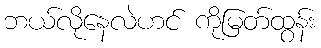
ဘယ်လိုနေလဲဟင် ကိုမြတ်ထွန်း